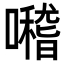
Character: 𡃊